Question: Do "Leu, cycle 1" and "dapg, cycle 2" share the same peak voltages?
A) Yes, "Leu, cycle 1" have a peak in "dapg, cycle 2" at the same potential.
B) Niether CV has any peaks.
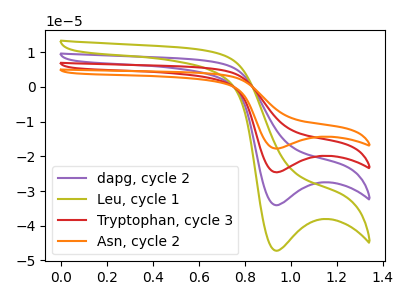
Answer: <think>The purple curve "dapg, cycle 2" has a cathodic peak at: (0.95V, -34.10uA). The olive curve "Leu, cycle 1" has a cathodic peak at: (0.95V, -47.25uA). The red curve "Tryptophan, cycle 3" has a cathodic peak at: (0.95V, -68.20uA). The orange curve "Asn, cycle 2" has a cathodic peak at: (0.95V, -102.30uA).</think>
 <answer>A) Yes, "Leu, cycle 1" have a peak in "dapg, cycle 2" at the same potential.</answer>
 <eval>A</eval>